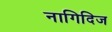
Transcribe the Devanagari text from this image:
नागिदिज